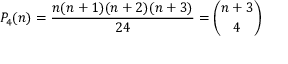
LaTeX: P _ { 4 } ( n ) = { \frac { n ( n + 1 ) ( n + 2 ) ( n + 3 ) } { 2 4 } } = { \binom { n + 3 } { 4 } }